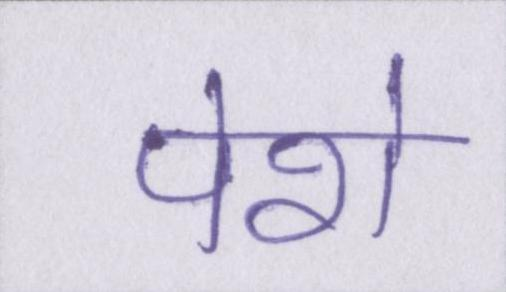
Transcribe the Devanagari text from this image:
पेशे